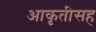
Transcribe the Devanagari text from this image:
आकृतीसह